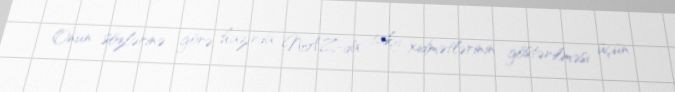
Onun sözlərinə görə, hazırda NAZ-da taksi xidmətlərinin göstərilməsi üçün